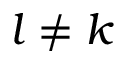
l \neq k